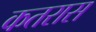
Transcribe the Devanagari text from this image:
कतरास